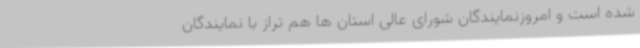
شده است و امروزنمایندگان شورای عالی استان ها هم تراز با نمایندگان